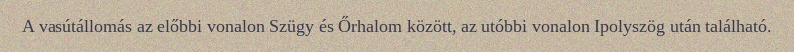
A vasútállomás az előbbi vonalon Szügy és Őrhalom között, az utóbbi vonalon Ipolyszög után található.